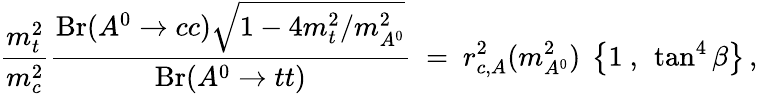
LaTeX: {\frac{m_{t}^{2}}{m_{c}^{2}}}{\frac{\mathrm{Br}(A^{0}\to cc)\sqrt{1-4m_{t}^{2}/m_{A^{0}}^{2}}}{\mathrm{Br}(A^{0}\to tt)}}\ =\ r_{c,A}^{2}(m_{A^{0}}^{2})~\left\{ 1~,~\tan^{4}\beta\right\} \, ,